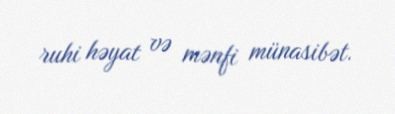
ruhi həyat və mənfi münasibət.